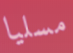
مسليا